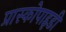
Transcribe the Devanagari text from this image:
प्रास्कोपाइडी